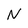
Character: N